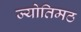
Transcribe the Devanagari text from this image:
ज्योतिमठ